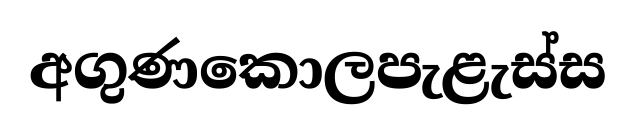
අගුණකොලපැළැස්ස